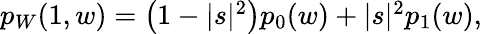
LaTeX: \begin{array}{r}{p_{W}(1,w)=\bigl(1-|s|^{2}\bigr)p_{0}(w)+|s|^{2}p_{1}(w),}\end{array}